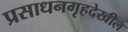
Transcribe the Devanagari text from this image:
प्रसाधनगृहदेखील